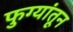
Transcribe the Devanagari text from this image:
फुग्यांतून